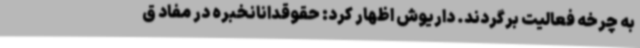
به چرخه فعالیت برگردند. داریوش اظهار کرد: حقوقدانانخبره در مفاد ق